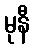
မုနီ